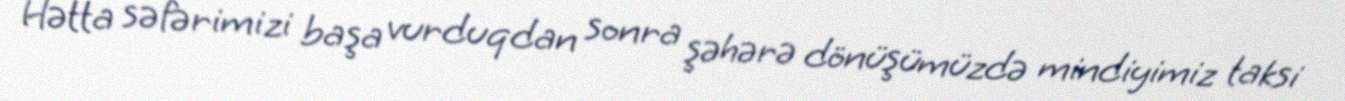
Hətta səfərimizi başa vurduqdan sonra şəhərə dönüşümüzdə mindiyimiz taksi